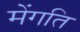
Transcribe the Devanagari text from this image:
मेंगति